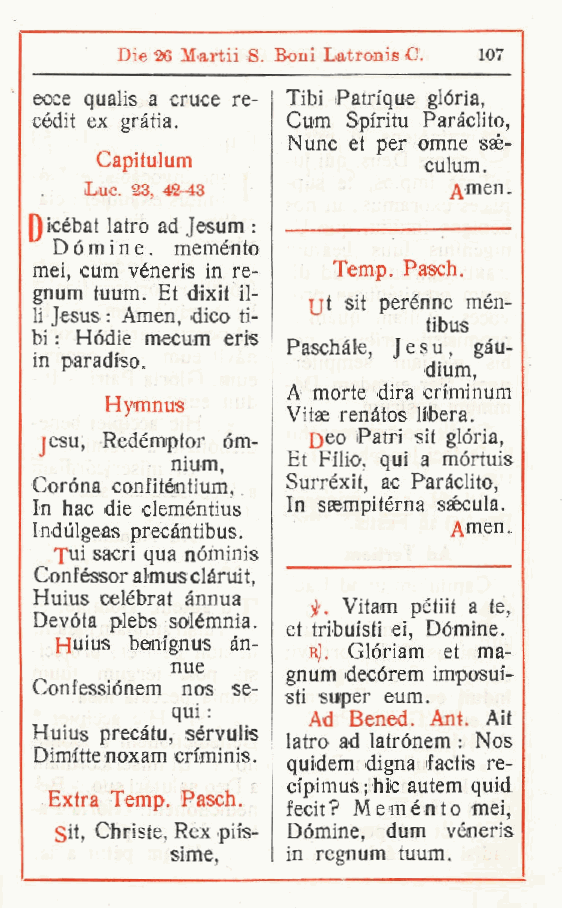
Die 26 Martii S. Boni Latronis C. 107
 ecce qualis a cruce re- Tibi Patique glòria,
 cédit ex gràtia. Cum Spiritu Paràclito,
 Nunc et per omne ssé-
 Capilulum             culum.
 Lue. 23, 42-13          Amen.
 Qicebat latro ad Jesum :
 Domine, meménto
 mei cum véneris in re- Temp. Pasch.
 ,
 gnum tuum. Et dixif fi-
 jjt sit perènne men-
 li Jesus : Amen dico ti-
 ,               tibus
 bi : Hódie mecum eris
 Paschàle, Jesu, gàu-
 in paradiso.
 dium,
 A morte dira ciminum
 Hymnus
 Vitae renàtos libera.
 jesu, Redémptor om- Deo Patri sit glòria,
 nium,   Et Filio, qui a mòrtuis
 Coróna confitóntium Surréxit, ac Paràclito,
 In hac die cleméntiu, s In saempitérna ssécula.
 Indùlgeas precàntibus.      Amen.
 jui sacri qua nóminis
 Conféssor almusclàruit,
 Huius celébrat ànnua
 Vitam pétiit a te,
 Devòta plebs solémnia.
 et tribuisti ei. Dòmine.
 Huius benignus an-
 r' Glòriam et ma-
 nue     gnu, m. decòrem imposui-
 Confessiónem nos se-
 sti super eum.
 qui :    Ad Bened. Aut. Ait
 Huius precàtu sérvulis
 latro ad latrònem : Nos
 ,
 Dimi'tte noxam ciminis.
 quidem digna factis re-
 cipimus ; hic autem quid
 Extra Temp. Pasch.
 fecit? Meménto mei,
 Sit, Christe, Rex piis- Dòmine, dum véneris
 sime,   in regnum tuum.
 r
 r
 r